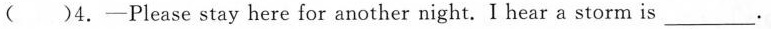
( )4.—Please stay here for another night. I hear a storm is___.